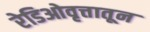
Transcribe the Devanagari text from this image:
रेडिओवृत्तातून